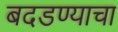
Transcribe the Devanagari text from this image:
बदडण्याचा